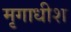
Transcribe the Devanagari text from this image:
मृगाधीश